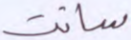
سانت